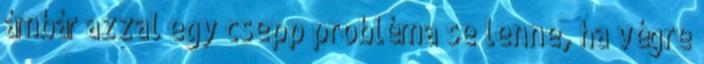
ámbár azzal egy csepp probléma se lenne, ha végre